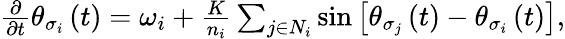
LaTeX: \begin{array}{r}{\frac{\partial}{\partial t}\theta_{\sigma_{i}}\left(t\right)=\omega_{i}+\frac{K}{n_{i}}\sum_{j\in N_{i}}\sin\left[\theta_{\sigma_{j}}\left(t\right)-\theta_{\sigma_{i}}\left(t\right)\right],}\end{array}